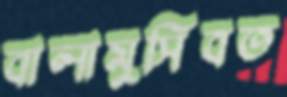
বালামুসিবত